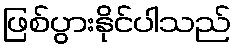
ဖြစ်ပွားနိုင်ပါသည်